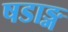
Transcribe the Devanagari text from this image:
षडाङ्ग